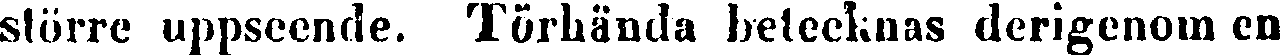
större uppseende. Törhända betecknas derigenom en